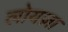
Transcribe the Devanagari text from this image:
लोयज़ा